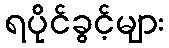
ရပိုင်ခွင့်များ